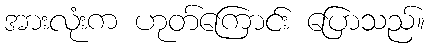
အားလုံးက ဟုတ်ကြောင်း ပြောသည်။